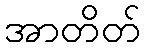
အာတိတ်